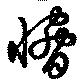
脅